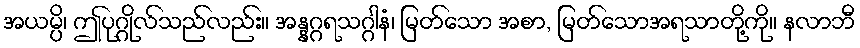
အယမ္ပိ၊ ဤပုဂ္ဂိုလ်သည်လည်း။ အန္နဂ္ဂရသဂ္ဂါနံ၊ မြတ်သော အစာ, မြတ်သောအရသာတို့ကို။ နလာဘီ